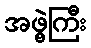
အဖွဲ့ကြီး